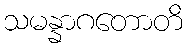
သမန္နာဂတောတိ